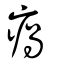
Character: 瘑